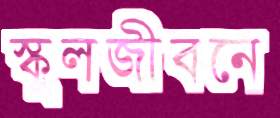
স্কুলজীবনে